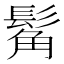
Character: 𩭛